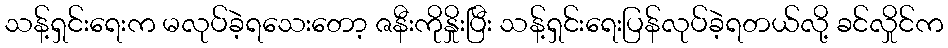
သန့်ရှင်းရေးက မလုပ်ခဲ့ရသေးတော့ ဇနီးကိုနှိုးပြီး သန့်ရှင်းရေးပြန်လုပ်ခဲ့ရတယ်လို့ ခင်လှိုင်က